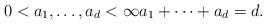
LaTeX: \begin{align*} 0 < a_1, \dots, a_d < \infty a_1 + \dots + a_d = d.\end{align*}